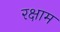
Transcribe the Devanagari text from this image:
रक्षाम